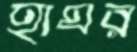
হাঘর